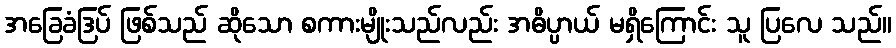
အခြေခံဒြပ် ဖြစ်သည် ဆိုသော စကားမျိုးသည်လည်း အဓိပ္ပာယ် မရှိကြောင်း သူ ပြလေ သည်။